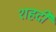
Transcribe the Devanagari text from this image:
शहदी